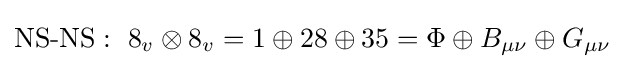
{\text{NS-NS}}:~8_{v}\otimes 8_{v}=1\oplus 28\oplus 35=\Phi \oplus B_{\mu \nu }\oplus G_{\mu \nu }